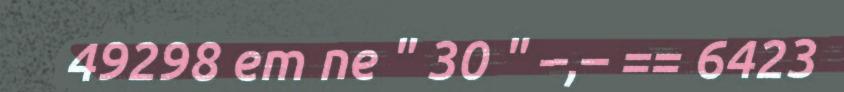
49298 em ne " 30 " –,– == 6423